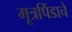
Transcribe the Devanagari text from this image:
मूत्रपिंडाचे